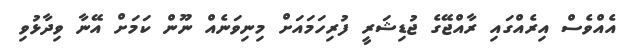
އެއްވެސް އިރެއްގައި ރާއްޖޭގެ ޖުޑިޝަރީ ފުރިހަމައަށް މިނިވަނެއް ނޫން ކަމަށް އޭނާ ވިދާޅުވި